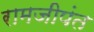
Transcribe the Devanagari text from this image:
रामजीपंत